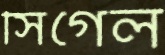
সিগেল